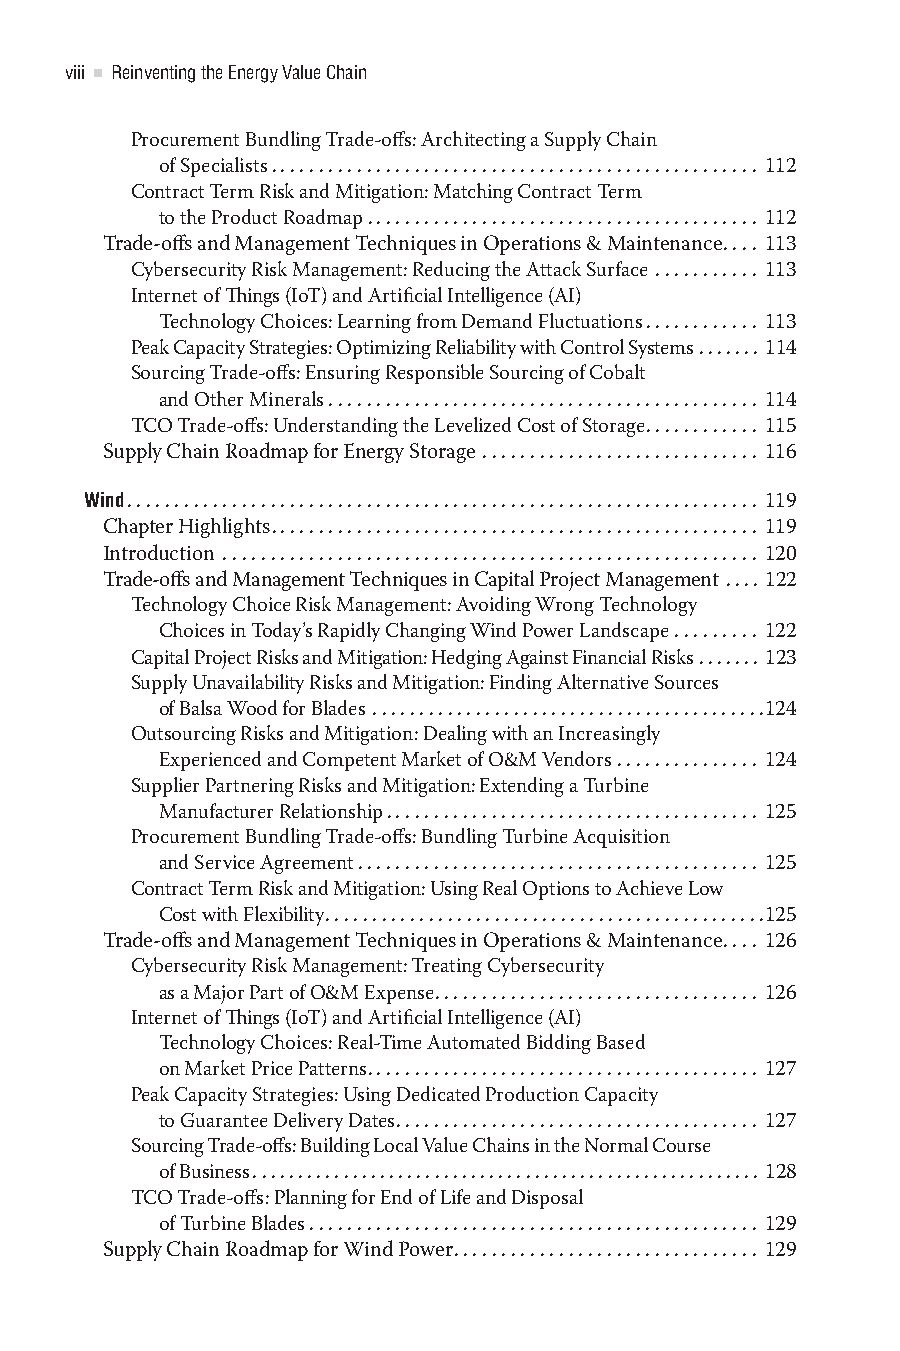
viii Reinventing the Energy Value Chain
 Procurement Bundling Trade-offs: Architecting a Supply Chain
 of Specialists................................................... 112
 Contract Term Risk and Mitigation: Matching Contract Term
 to the Product Roadmap......................................... 112
 Trade-offs and Management Techniques in Operations & Maintenance.... 113
 Cybersecurity Risk Management: Reducing the Attack Surface ........... 113
 Internet of Things (IoT) and Artificial Intelligence (AI)
 Technology Choices: Learning from Demand Fluctuations............ 113
 Peak Capacity Strategies: Optimizing Reliability with Control Systems ....... 114
 Sourcing Trade-offs: Ensuring Responsible Sourcing of Cobalt
 and Other Minerals ............................................. 114
 TCO Trade-offs: Understanding the Levelized Cost of Storage............ 115
 Supply Chain Roadmap for Energy Storage ............................. 116
 Wind.................................................................. 119
 Chapter Highlights................................................... 119
 Introduction ........................................................ 120
 Trade-offs and Management Techniques in Capital Project Management .... 122
 Technology Choice Risk Management: Avoiding Wrong Technology
 Choices in Today’s Rapidly Changing Wind Power Landscape ......... 122
 Capital Project Risks and Mitigation: Hedging Against Financial Risks ....... 123
 Supply Unavailability Risks and Mitigation: Finding Alternative Sources
 of Balsa Wood for Blades ..........................................124
 Outsourcing Risks and Mitigation: Dealing with an Increasingly
 Experienced and Competent Market of O&M Vendors ............... 124
 Supplier Partnering Risks and Mitigation: Extending a Turbine
 Manufacturer Relationship....................................... 125
 Procurement Bundling Trade-offs: Bundling Turbine Acquisition
 and Service Agreement.......................................... 125
 Contract Term Risk and Mitigation: Using Real Options to Achieve Low
 Cost with Flexibility...............................................125
 Trade-offs and Management Techniques in Operations & Maintenance.... 126
 Cybersecurity Risk Management: Treating Cybersecurity
 as a Major Part of O&M Expense.................................. 126
 Internet of Things (IoT) and Artificial Intelligence (AI)
 Technology Choices: Real-Time Automated Bidding Based
 on Market Price Patterns......................................... 127
 Peak Capacity Strategies: Using Dedicated Production Capacity
 to Guarantee Delivery Dates...................................... 127
 Sourcing Trade-offs: Building Local Value Chains in the Normal Course
 of Business........................................................ 128
 TCO Trade-offs: Planning for End of Life and Disposal
 of Turbine Blades ............................................... 129
 Supply Chain Roadmap for Wind Power................................ 129
 365522YQS_ENERGY_CC2019_pc.indd 8                 09/08/2021 09:52:33